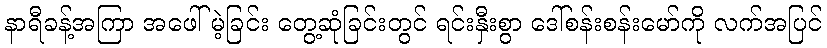
နာရီခန့်အကြာ အဖေါ်မဲ့ခြင်း တွေ့ဆုံခြင်းတွင် ရင်းနှီးစွာ ဒေါ်စန်းစန်းမော်ကို လက်အပြင်